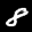
Label: 8